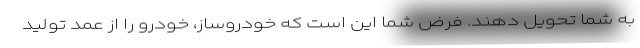
به شما تحویل دهند. فرض شما این است که خودروساز، خودرو را از عمد تولید